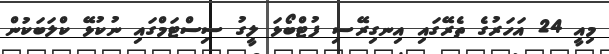
މިއީ 24 އަހަރުގެ ތެރޭގައި އިނގިރޭސި ފުޓްބޯޅަ ލީގު ސިސްޓަމްގައި ނުކުޅޭ ކްލަބަކުން